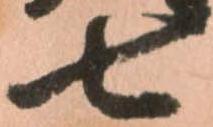
七